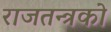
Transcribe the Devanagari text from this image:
राजतन्त्रको